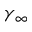
\gamma _ { \infty }